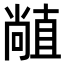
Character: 𥊣